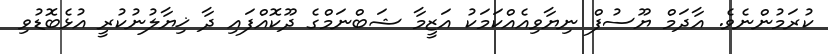
ކުރަމުންނެވެ. އާދަމް ޔޫސުފް ނިޔާވިއެއްކަމަކު އަޒީމާ ޝަބްނަމްގެ ދޫކޮއްފައި ދާ ޚިޔާލުނުކުރީ އުޅެބޮޑުވި